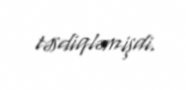
təsdiqləmişdi.